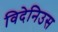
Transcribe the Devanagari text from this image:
विदेनिउस